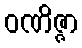
ဝဏိဇ္ဇာ